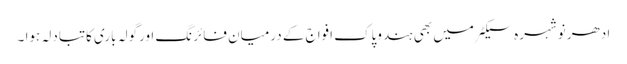
ادھر نوشہرہ سیکٹر میں بھی ہندوپاک افواج کے درمیان فائرنگ اورگولہ باری کاتبادلہ ہوا ۔